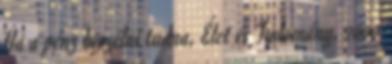
Ha a pénz beszélni tudna, Élet és Tudomány, 2009